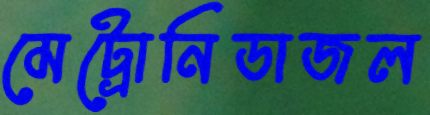
মেট্রোনিডাজল